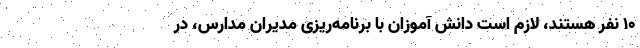
۱۰ نفر هستند، لازم است دانش آموزان با برنامه‌ریزی مدیران مدارس، در